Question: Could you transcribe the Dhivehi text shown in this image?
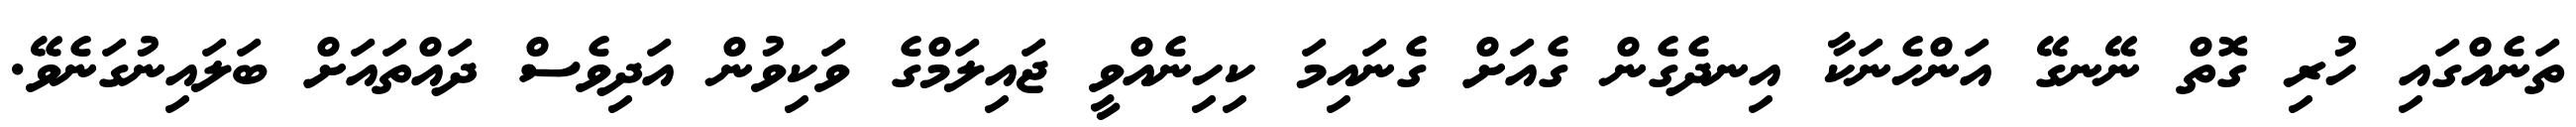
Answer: ތަނެއްގައި ހުރި ގޮތް ނޭނގޭ އަންހެނަކާ އިނދެގެން ގެއަށް ގެނައިމަ ކިހިނެއްވީ ޖައިލަމްގެ ވަކިވުން އަދިވެސް ދައްތައަށް ބަލައިނުގަނެވޭ.